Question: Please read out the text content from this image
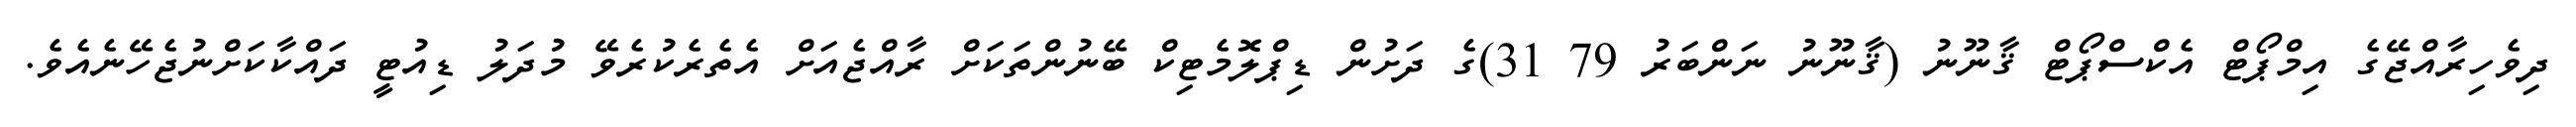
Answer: ދިވެހިރާއްޖޭގެ އިމްޕޯޓް އެކްސްޕޯޓް ޤާނޫނު (ޤާނޫނު ނަންބަރު 79 31)ގެ ދަށުން ޑިޕްލޮމެޓިކް ބޭނުންތަކަށް ރާއްޖެއަށް އެތެރެކުރެވޭ މުދަލު ޑިއުޓީ ދައްކާކަށްނުޖެހޭނެއެވެ.